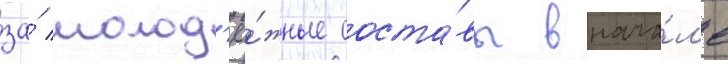
за́ молод'ё́жные соста́вы внача́л'е